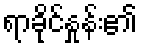
ရာခိုင်နှုန်း၏